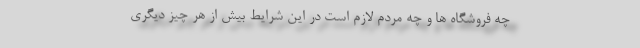
چه فروشگاه ها و چه مردم لازم است در این شرایط بیش از هر چیز دیگری